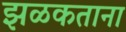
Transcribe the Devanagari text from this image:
झळकताना